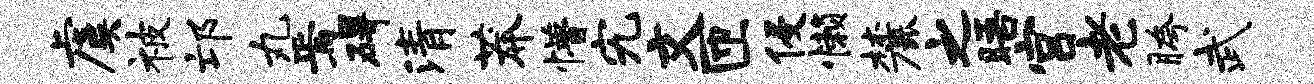
虞被邙丸焉碍清莽懵究文匝侵懒麓之晤宫老胯武